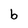
Character: b